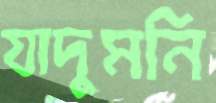
যাদুমনি